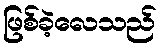
ဖြစ်ခဲ့လေသည်